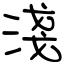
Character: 淺